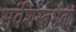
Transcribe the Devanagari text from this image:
सर्वशस्त्रभृतां